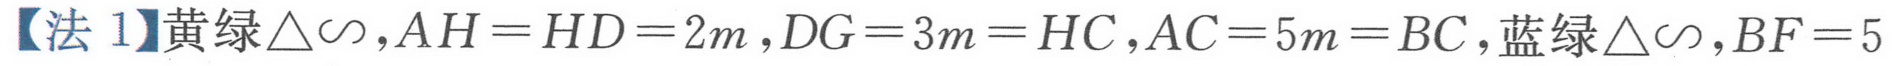
【法 1】黄绿\(\triangle\sim\)，\(AH = HD = 2m\)，\(DG = 3m = HC\)，\(AC = 5m = BC\)，蓝绿\(\triangle\sim\)，\(BF = 5\)